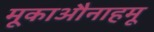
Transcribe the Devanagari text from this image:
मूकाऔनाहमू